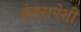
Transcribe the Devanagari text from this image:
कंडरापेशी